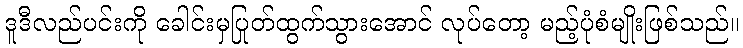
ဒူဒီလည်ပင်းကို ခေါင်းမှပြုတ်ထွက်သွားအောင် လုပ်တော့ မည့်ပုံစံမျိုးဖြစ်သည်။